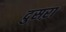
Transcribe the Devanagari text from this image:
दुसऱा